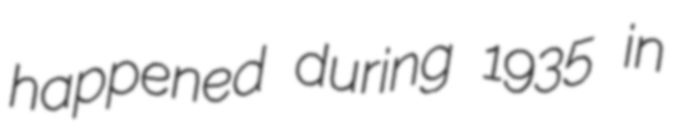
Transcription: happened during 1935 in